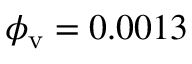
\phi _ { \mathrm { v } } = 0 . 0 0 1 3